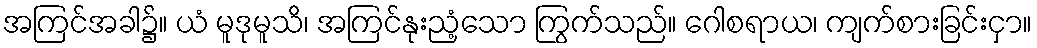
အကြင်အခါ၌။ ယံ မူဒုမူသိ၊ အကြင်နုးညံ့သော ကြွက်သည်။ ဂေါစရာယ၊ ကျက်စားခြင်းငှာ။